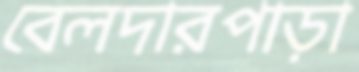
বেলদারপাড়া